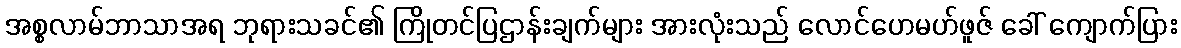
အစ္စလာမ်ဘာသာအရ ဘုရားသခင်၏ ကြိုတင်ပြဌာန်းချက်များ အားလုံးသည် လောင်ဟေမဟ်ဖူဇ် ခေါ် ကျောက်ပြား